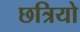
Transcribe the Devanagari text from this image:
छत्रियो